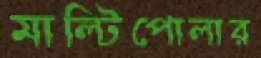
মাল্টিপোলার